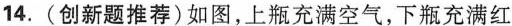
14.(创新题推荐)如图，上瓶充满空气，下瓶充满红